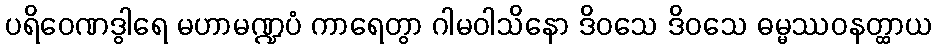
ပရိဝေဏဒွါရေ မဟာမဏ္ဍပံ ကာရေတွာ ဂါမဝါသိနော ဒိဝသေ ဒိဝသေ ဓမ္မဿဝနတ္ထာယ